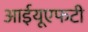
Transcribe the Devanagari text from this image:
आईयूएफटी